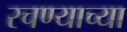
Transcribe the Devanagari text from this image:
रचण्याच्या